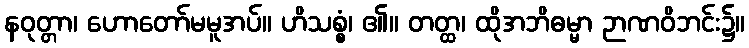
နဝုတ္တာ၊ ဟောတော်မမူအပ်။ ဟိသစ္စံ၊ ၏။ တတ္ထ၊ ထိုအဘိဓမ္မာ ဉာဏဝိဘင်း၌။